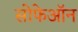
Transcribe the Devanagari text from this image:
सोफेऑन